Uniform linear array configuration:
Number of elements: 32
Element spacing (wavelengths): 0.75
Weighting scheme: uniform
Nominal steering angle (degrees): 0
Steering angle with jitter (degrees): -0.01784
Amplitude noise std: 0.05
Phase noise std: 0.05

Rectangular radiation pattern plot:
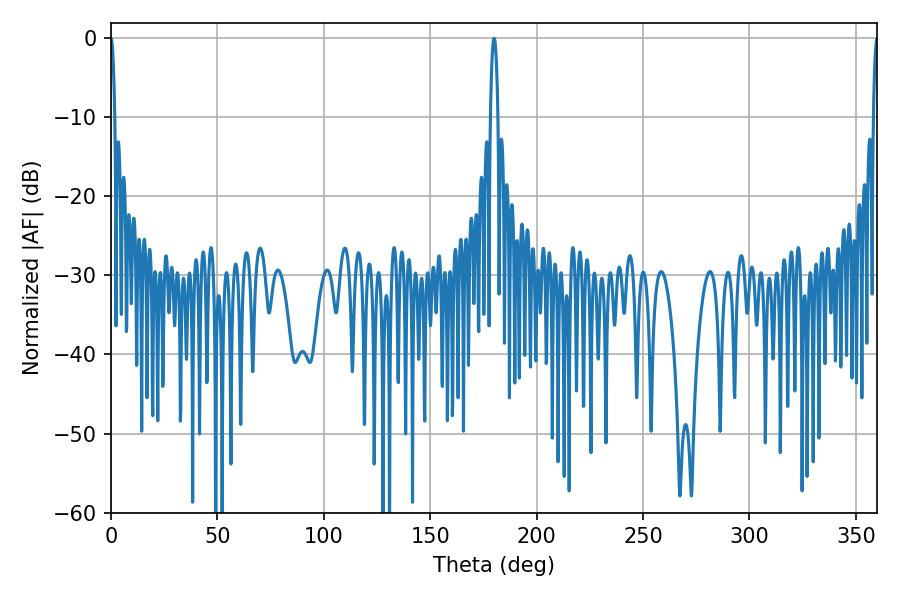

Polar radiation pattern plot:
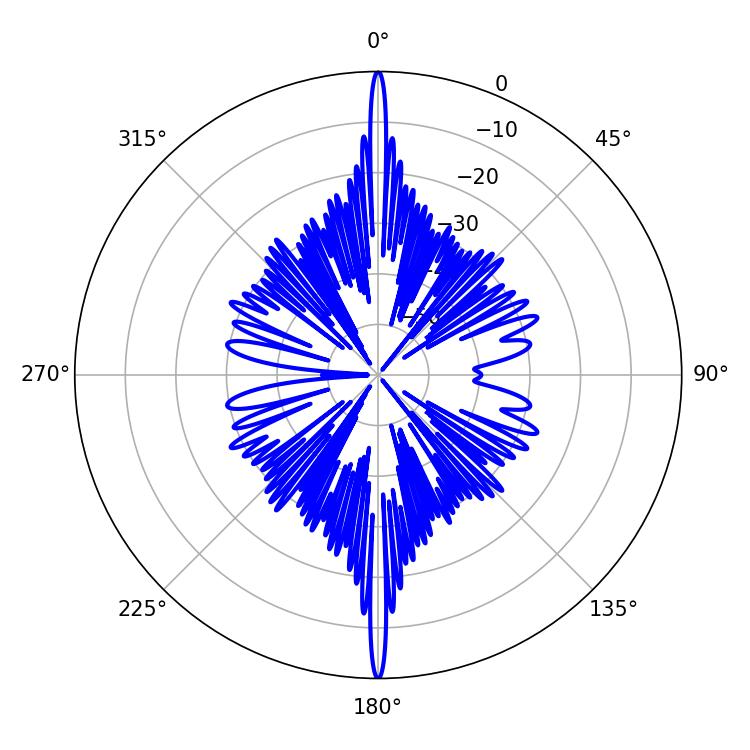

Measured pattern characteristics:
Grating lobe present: TRUE
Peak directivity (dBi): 41.454
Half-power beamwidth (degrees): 0.9
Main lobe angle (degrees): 360